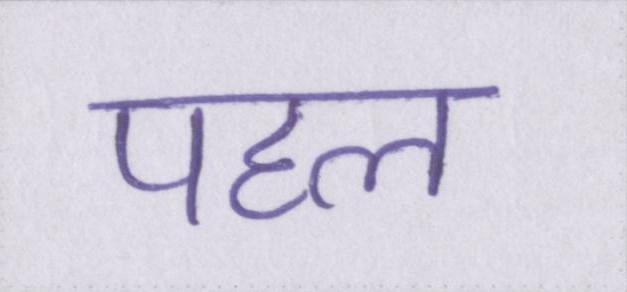
पहल